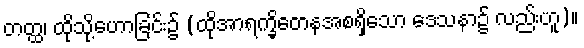
တတ္ထ၊ ထိုသို့ဟောခြင်း၌ (ထိုအာရက္ခိတေနအစရှိသော ဒေသနာ၌ လည်းဟူ)။